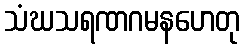
သံဃသရဏဂမနဟေတု